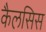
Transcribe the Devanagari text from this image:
कैलसिस